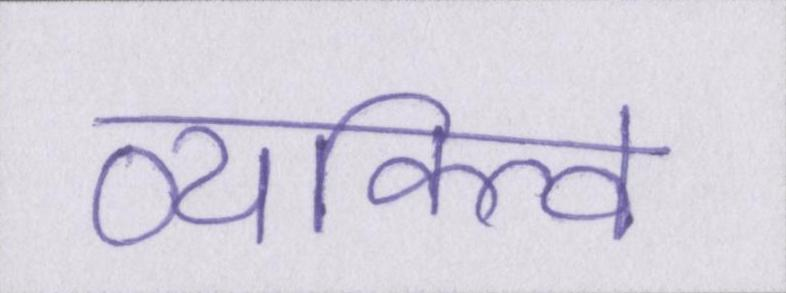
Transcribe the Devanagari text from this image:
व्यक्त्वि